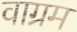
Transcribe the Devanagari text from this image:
वाग्रम